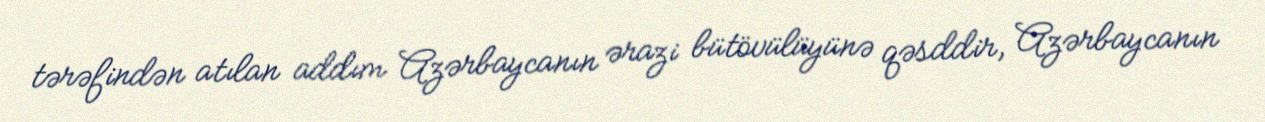
tərəfindən atılan addım Azərbaycanın ərazi bütövülüyünə qəsddir, Azərbaycanın